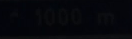
1000m